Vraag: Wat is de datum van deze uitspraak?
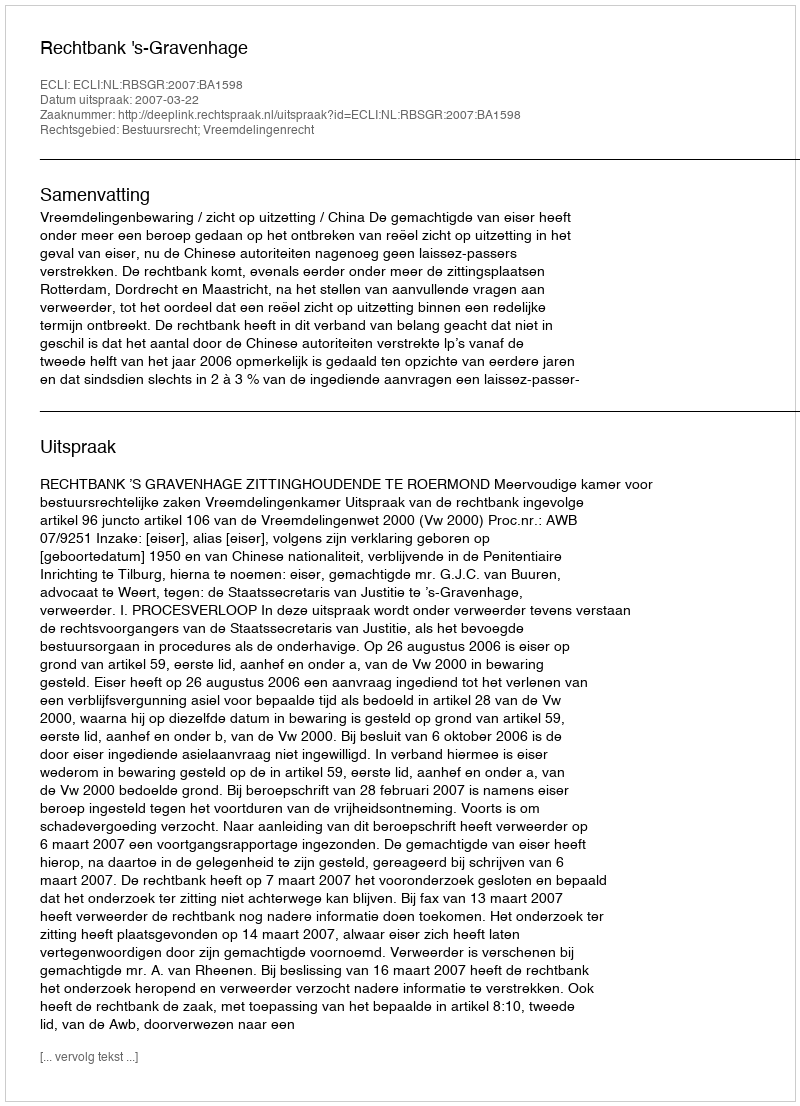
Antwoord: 2007-03-22